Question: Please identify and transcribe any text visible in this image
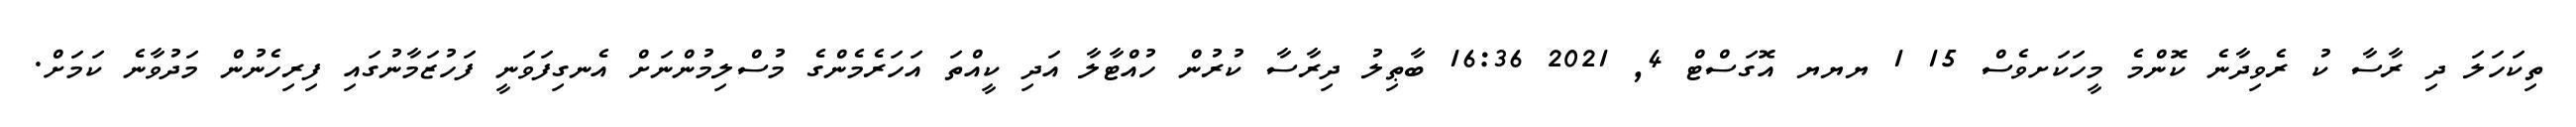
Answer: ތިކަހަލަ ދި ރާސާ ކު ރެވިދާނެ ކޮންމެ މީހަކަށވެސް 15 1 ޔޔޔ އޮގަސްޓް 4, 2021 16:36 ބާޠިލު ދިރާސާ ކުރުން ހުއްޓާލާ އަދި ކީއްތަ އަހަރެމެންގެ މުސްލިމުންނަށް އެނގިފަވަނީ ފަހުޒަމާނުގައި ފިރިހެނުން މަދުވާނެ ކަމަށް.